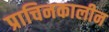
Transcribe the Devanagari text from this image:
प्राचिनकालीन